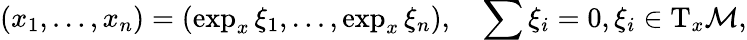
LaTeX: (x_{1},\dots,x_{n})=(\exp_{x}\xi_{1},\dots,\exp_{x}\xi_{n}),\quad\sum\xi_{i}=0,\xi_{i}\in\mathrm{T}_{x}{\cal M},